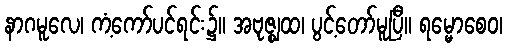
နာဂမူလေ၊ ကံ့ကော်ပင်ရင်း၌။ အဗုဇ္ဈထ၊ ပွင့်တော်မူပြီ။ ရမ္မောစေဝ၊